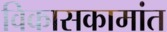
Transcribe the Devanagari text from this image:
विकासकामांत